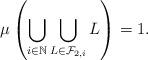
LaTeX: \begin{align*}\mu\left(\bigcup_{i\in\mathbb{N}}\bigcup_{L\in\mathcal{F}_{2,i}}L\right)=1.\end{align*}